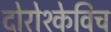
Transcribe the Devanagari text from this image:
दोरोश्केविच